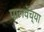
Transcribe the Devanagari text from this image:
पालवेंच्या